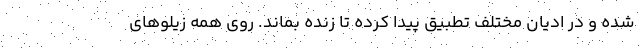
شده و در ادیان مختلف تطبیق پیدا کرده تا زنده بماند. روی همه زیلوهای